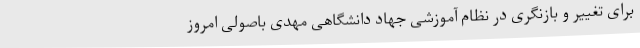
برای تغییر و بازنگری در نظام آموزشی جهاد دانشگاهی مهدی باصولی امروز